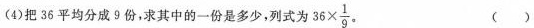
(4)把36平均分成9份，家其中的一份是多少，列式为 $$3 6 \times \frac { 1 } { 9 }$$ 。()